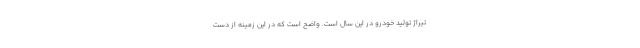
تیراژ تولید خودرو در این سال است. واضح است که در این زمینه از دست